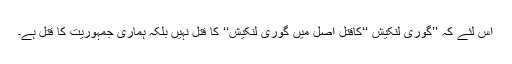
اس لئے کہ ’’گوری لنکیش ‘‘کاقتل اصل میں گوری لنکیش‘‘ کا قتل نہیں بلکہ ہماری جمہوریت کا قتل ہے۔